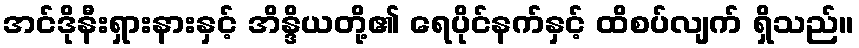
အင်ဒိုနီးရှားနားနှင့် အိန္ဒိယတို့၏ ရေပိုင်နက်နှင့် ထိစပ်လျက် ရှိသည်။